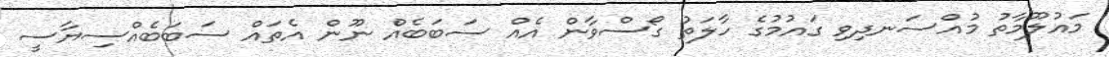
މައުލޫމާތު މުއްސަނދިވި ގައުމުގެ ހާލަތު ގޯސްވާން އެއް ސަބަބެއް ނޫން އެތައް ސަބަބެއްސިޔާސީ